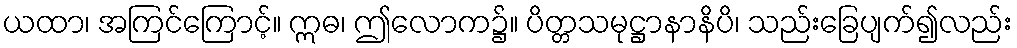
ယထာ၊ အကြင်ကြောင့်။ ဣဓ၊ ဤလောက၌။ ပိတ္တသမုဋ္ဌာနာနိပိ၊ သည်းခြေပျက်၍လည်း